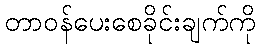
တာဝန်ပေးစေခိုင်းချက်ကို